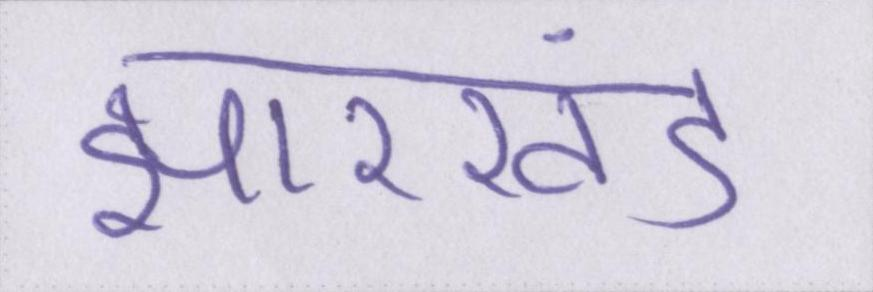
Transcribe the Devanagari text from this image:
झारखंड